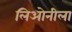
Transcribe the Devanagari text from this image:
लिओनीला